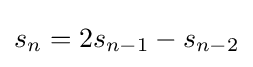
s_{n}=2s_{n-1}-s_{n-2}